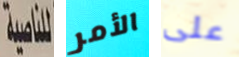
للناصية الأمر على